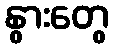
နွားတွေ